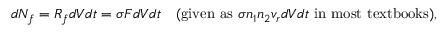
d N _ { f } = R _ { f } d V d t = \sigma F d V d t \quad ( { \mathrm { g i v e n ~ a s ~ } } \sigma n _ { 1 } n _ { 2 } v _ { r } d V d t { \mathrm { ~ i n ~ m o s t ~ t e x t b o o k s } } ) ,